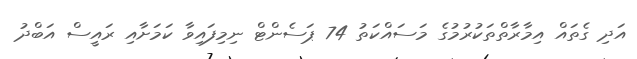
އަދި ގެތައް އިމާރާތްތަކުރުމުގެ މަސައްކަތު 74 ޕަސެންޓް ނިމިފައިވާ ކަމަށާއި ރައީސް އަބްދު